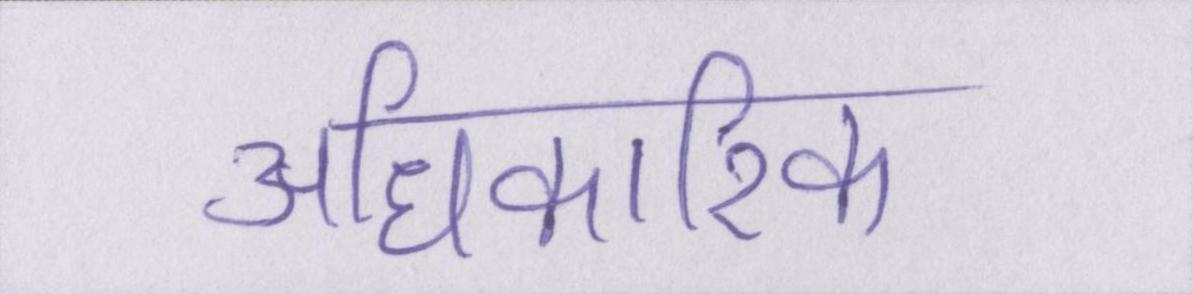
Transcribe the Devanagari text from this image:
अधिकारिक